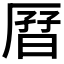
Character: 𫨗